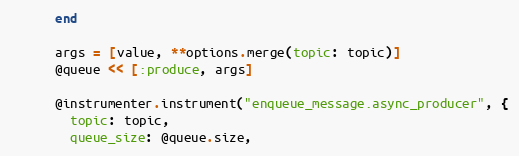
Language: Ruby
      end

      args = [value, **options.merge(topic: topic)]
      @queue << [:produce, args]

      @instrumenter.instrument("enqueue_message.async_producer", {
        topic: topic,
        queue_size: @queue.size,